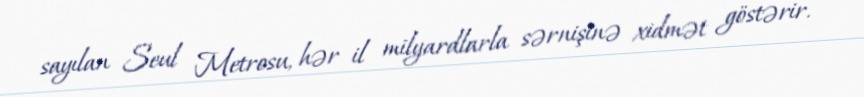
sayılan Seul Metrosu, hər il milyardlarla sərnişinə xidmət göstərir.